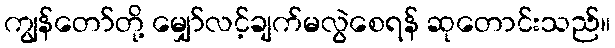
ကျွန်တော်တို့ မျှော်လင့်ချက်မလွဲစေရန် ဆုတောင်းသည်။